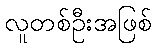
လူတစ်ဦးအဖြစ်